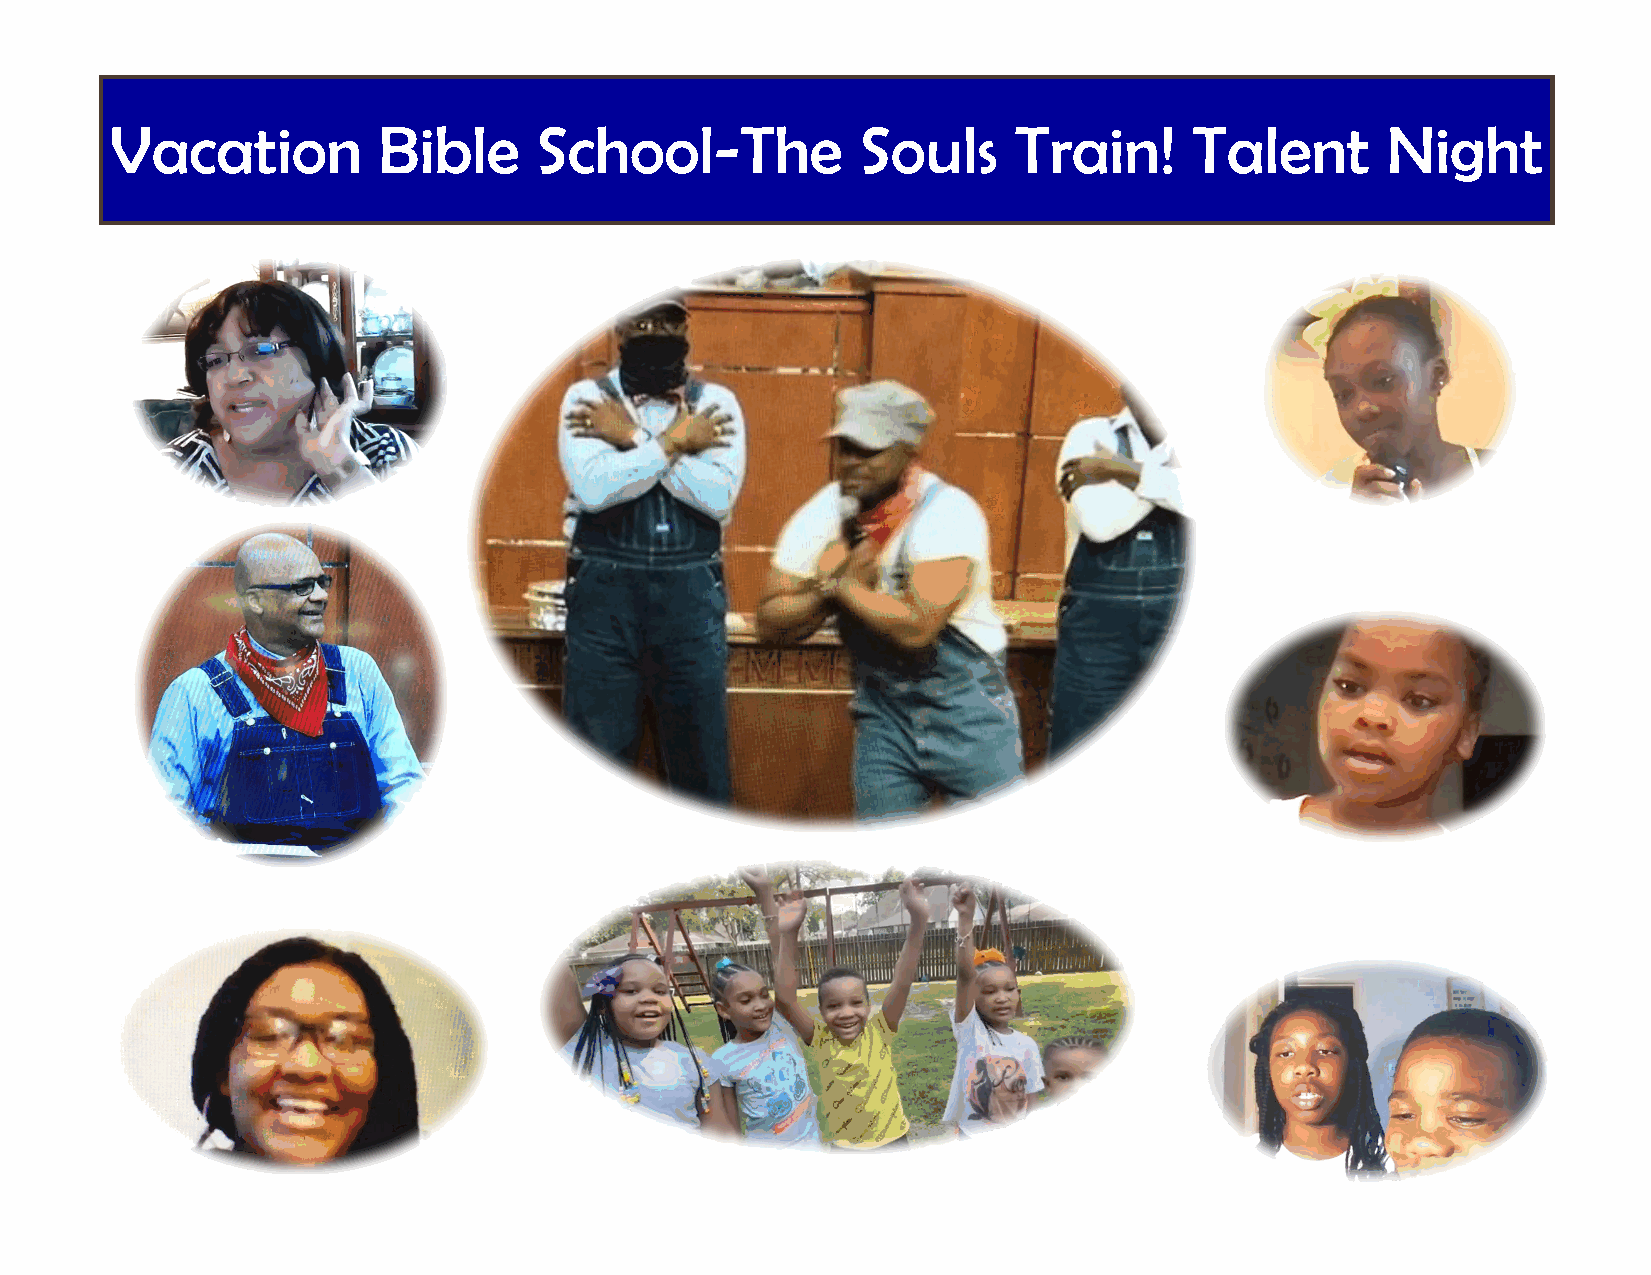
Vacation          Bible     School-The            Souls     Train!      Talent       Night